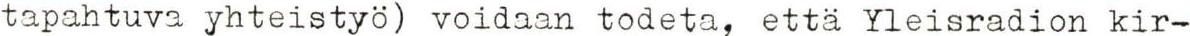
tapahtuva yhteistyö) voidaan todeta, että Yleisradion kir-